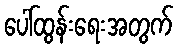
ပေါ်ထွန်းရေးအတွက်